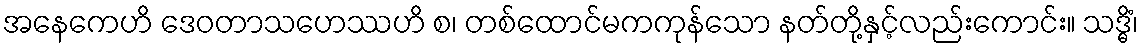
အနေကေဟိ ဒေဝတာသဟေဿဟိ စ၊ တစ်ထောင်မကကုန်သော နတ်တို့နှင့်လည်းကောင်း။ သဒ္ဓိံ၊